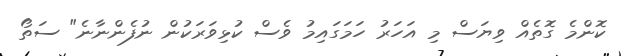
ކޮންމެ ގޮތެއް ވިޔަސް މި އަހަރު ހަމަގައިމު ވެސް ކުޅިވަރަކުން ނުފެންނާނެ" ސަތޯ